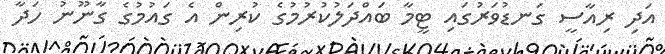
އަދި ރިއާސީ ގަނޑުވަރުގައި ޓީމާ ބައްދަލުކުރުމުގެ ކުރިން އެ ގައުމުގެ ގާނޫނު ހަދާ